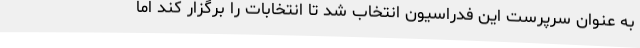
به عنوان سرپرست این فدراسیون انتخاب شد تا انتخابات را برگزار کند اما